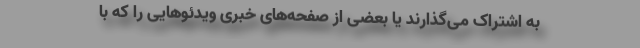
به اشتراک می‌‌گذارند یا بعضی از صفحه‌های خبری ویدئوهایی را که با